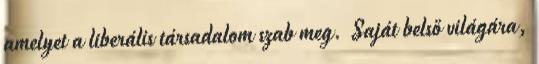
amelyet a liberális társadalom szab meg. Saját belső világára,